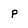
Character: p